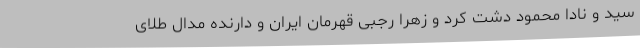
سید و نادا محمود دشت کرد و زهرا رجبی قهرمان ایران و دارنده مدال طلای